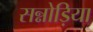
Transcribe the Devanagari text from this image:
सन्नोड़िया